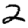
Digit: 2